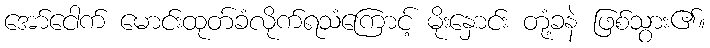
အော်ငေါက် မောင်းထုတ်ခံလိုက်ရသံကြောင့် မိုးနှောင်း တုံ့ခနဲ ဖြစ်သွား၏။